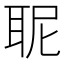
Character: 𮋯